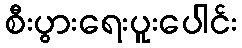
စီးပွားရေးပူးပေါင်း